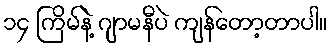
၁၄ ကြိမ်နဲ့ ဂျာမနီပဲ ကျန်တော့တာပါ။